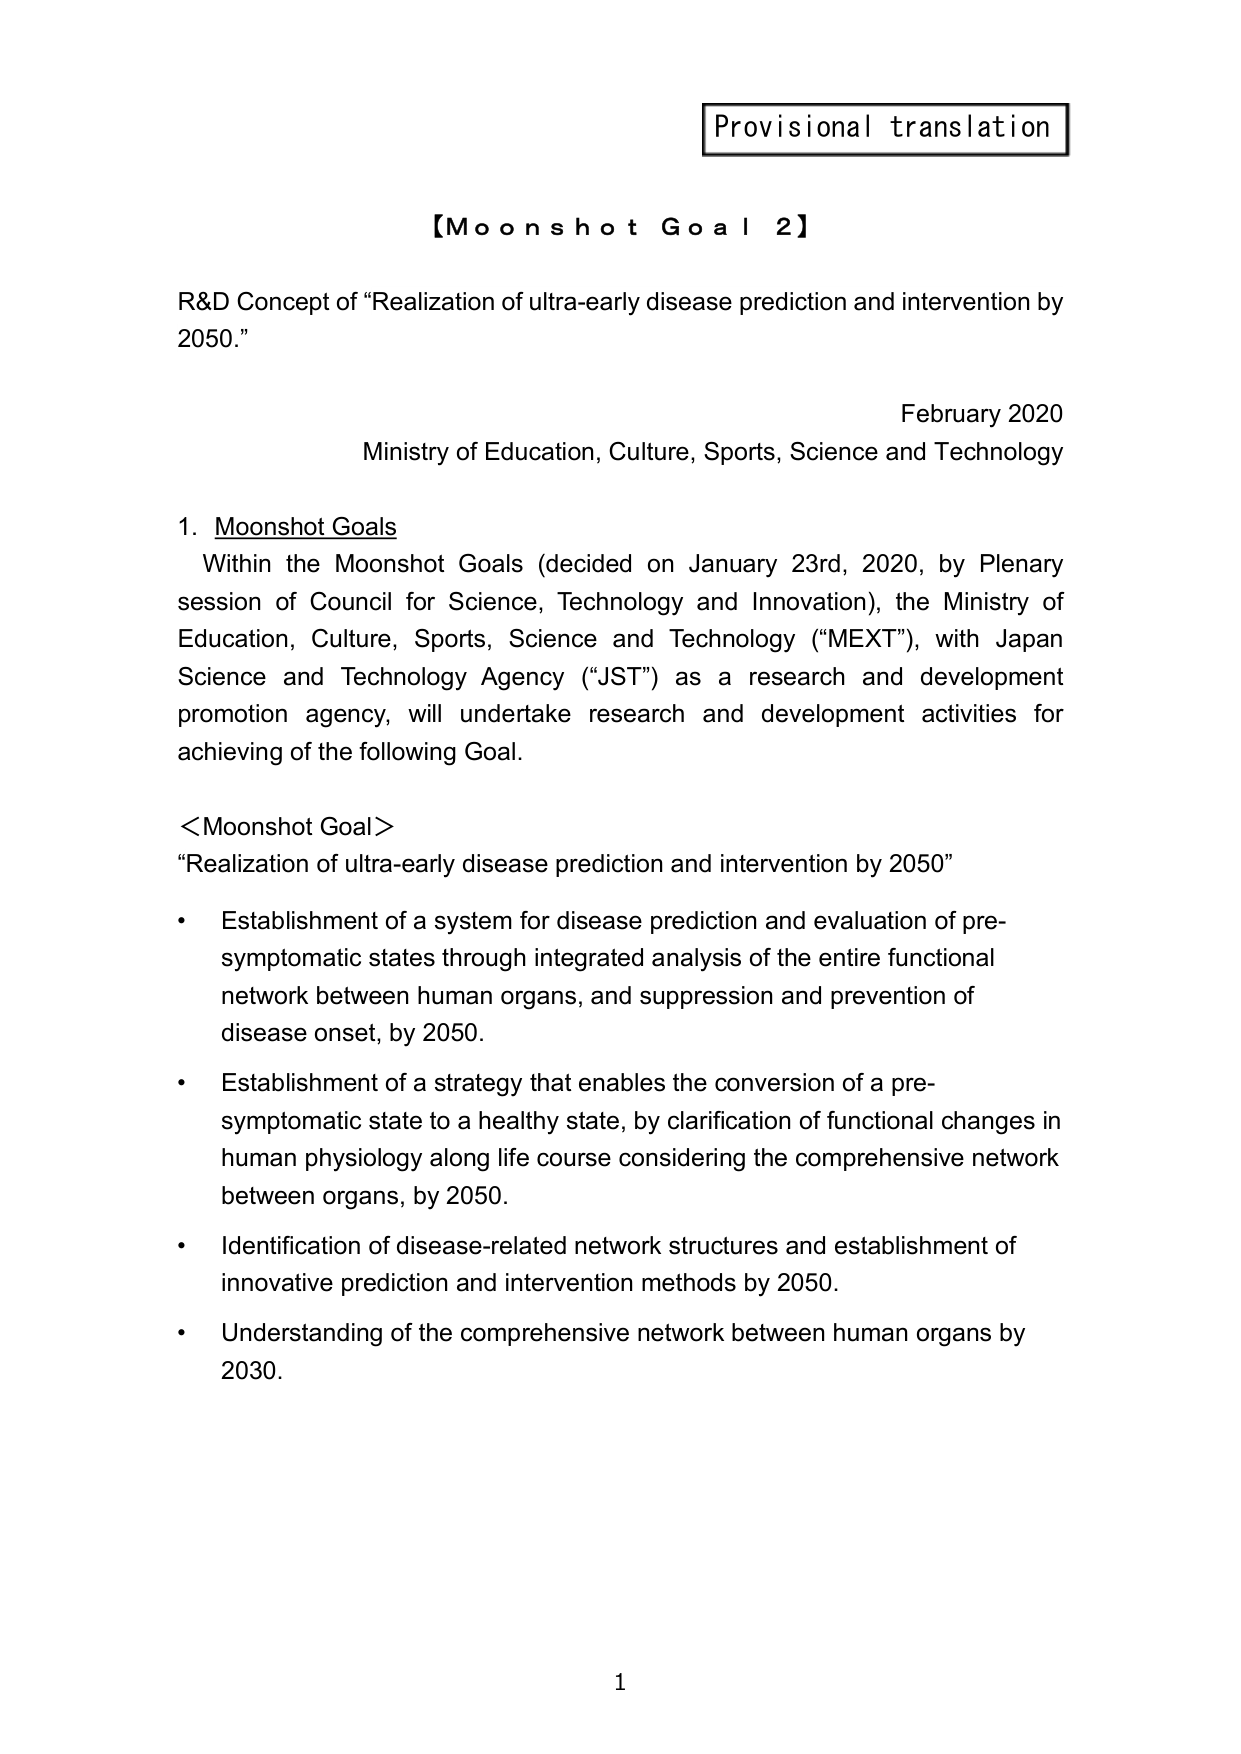
Provisional translation

【Moonshot Goal 2】

R&D Concept of “Realization of ultra-early disease prediction and intervention by 2050.”

February 2020
Ministry of Education, Culture, Sports, Science and Technology

1. Moonshot Goals
Within the Moonshot Goals (decided on January 23rd, 2020, by Plenary session of Council for Science, Technology and Innovation), the Ministry of Education, Culture, Sports, Science and Technology (“MEXT”), with Japan Science and Technology Agency (“JST”) as a research and development promotion agency, will undertake research and development activities for achieving of the following Goal.

<Moonshot Goal>
“Realization of ultra-early disease prediction and intervention by 2050”

• Establishment of a system for disease prediction and evaluation of pre-symptomatic states through integrated analysis of the entire functional network between human organs, and suppression and prevention of disease onset, by 2050.

• Establishment of a strategy that enables the conversion of a pre-symptomatic state to a healthy state, by clarification of functional changes in human physiology along life course considering the comprehensive network between organs, by 2050.

• Identification of disease-related network structures and establishment of innovative prediction and intervention methods by 2050.

• Understanding of the comprehensive network between human organs by 2030.

1